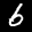
Label: 6